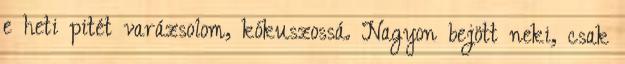
e heti pitét varázsolom, kókuszossá. Nagyon bejött neki, csak